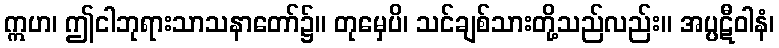
ဣဟ၊ ဤငါဘုရားသာသနာတော်၌။ တုမှေပိ၊ သင်ချစ်သားတို့သည်လည်း။ အပ္ပဋီဝါနံ၊